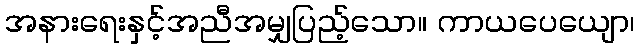
အနားရေးနှင့်အညီအမျှပြည့်သော။ ကာယပေယျော၊